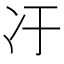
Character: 𫤿